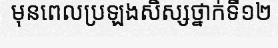
មុនពេលប្រឡងសិស្សថ្នាក់ទី១២